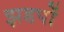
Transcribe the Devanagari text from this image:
झडपों